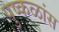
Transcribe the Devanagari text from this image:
पुष्कळांस